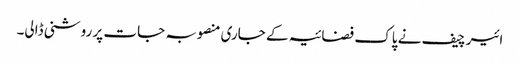
ائیر چیف نے پاک فضائیہ کے جاری منصوبہ جات پر روشنی ڈالی۔